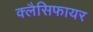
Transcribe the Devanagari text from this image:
क्लैसिफायर